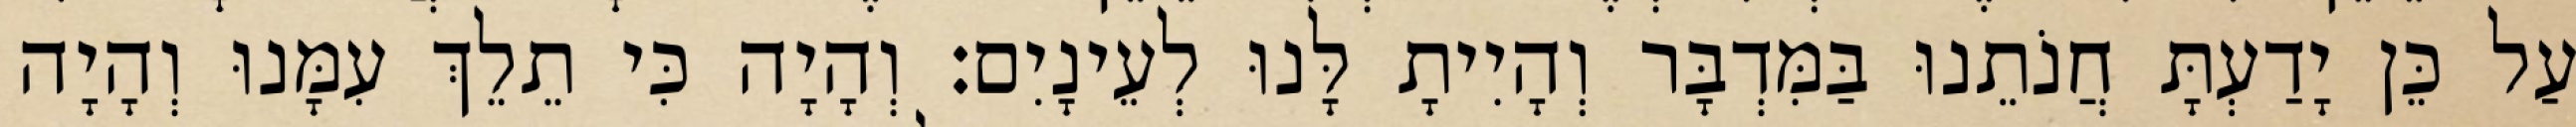
עַל כֵּן יָדַעְתָּ חֲנֹתֵנוּ בַּמִּדְבָּר וְהָיִיתָ לָּנוּ לְעֵינָיִם׃ וְהָיָה כִּי תֵלֵךְ עִמָּנוּ וְהָיָה